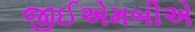
જીઈએમબીએ